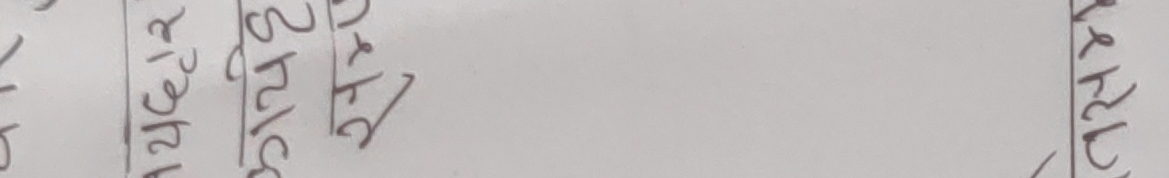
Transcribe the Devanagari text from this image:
पढेर ३/५ जागर